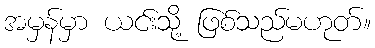
အမှန်မှာ ယင်းသို့ ဖြစ်သည်မဟုတ်။